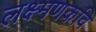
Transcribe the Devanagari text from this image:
लक्ष्मणकवि